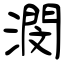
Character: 潣